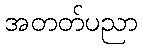
အတတ်ပညာ